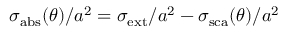
\sigma _ { \mathrm { { a b s } } } ( \theta ) / a ^ { 2 } = \sigma _ { \mathrm { { e x t } } } / a ^ { 2 } - \sigma _ { \mathrm { { s c a } } } ( \theta ) / a ^ { 2 }